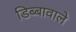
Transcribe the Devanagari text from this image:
डिब्बावाले